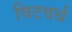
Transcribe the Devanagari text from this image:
विटवर्थ